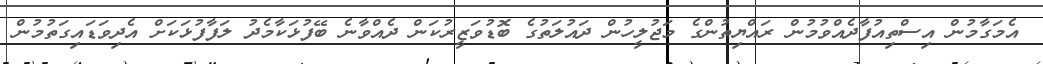
އެމަގާމުން އިސްތިއުފާދެއްވުމުން ރައްޔިތުންގެ މަޖުލީހުން ދައުލަތުގެ ބޮޑުވަޒީރުކަން ދެއްވާނެ ބޭފުޅަކާމެދު ލަފާފުޅަކަށް އެދިވަޑައިގަތުމުން